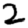
Digit: 2